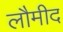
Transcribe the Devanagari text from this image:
लौमीद